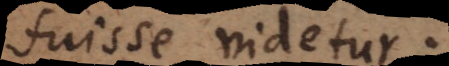
fuisse videtur.